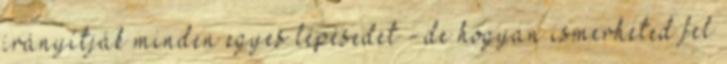
irányítják minden egyes lépésedet - de hogyan ismerheted fel